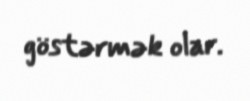
göstərmək olar.